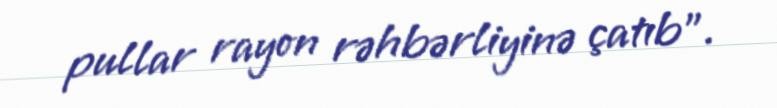
pullar rayon rəhbərliyinə çatıb”.